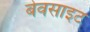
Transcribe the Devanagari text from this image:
बेवसाइट